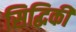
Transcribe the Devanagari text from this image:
सिद्धिकी